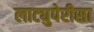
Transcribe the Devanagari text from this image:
लाट्युपेरीसा